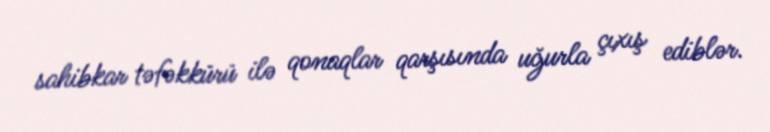
sahibkar təfəkkürü ilə qonaqlar qarşısında uğurla çıxış ediblər.